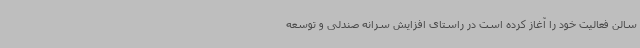
سالن فعالیت خود را آغاز کرده است در راستای افزایش سرانه صندلی و توسعه